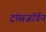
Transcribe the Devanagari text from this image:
ट्रांसजॉर्डन